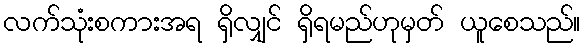
လက်သုံးစကားအရ ရှိလျှင် ရှိရမည်ဟုမှတ် ယူစေသည်။